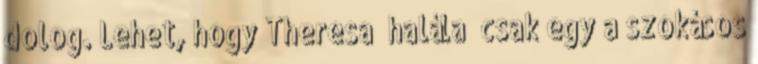
dolog. Lehet, hogy Theresa “halála” csak egy a szokásos